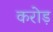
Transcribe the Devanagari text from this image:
करोड़